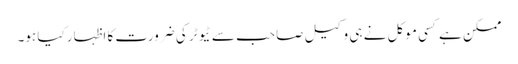
ممکن ہے کسی موکل نے ہی وکیل صاحب سے ٹیوٹر کی ضرورت کا اظہار کیا ہو۔